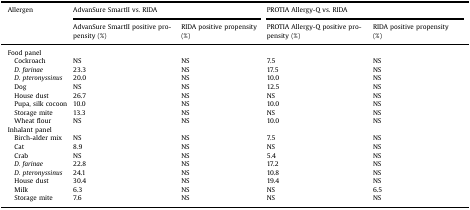
| Allergen | <COLSPAN=2> AdvanSure SmartII vs. RIDA | <COLSPAN=2> PROTIA Allergy-Q vs. RIDA |
 |  | AdvanSure SmartII positive propensity (%) | RIDA positive propensity (%) | PROTIA Allergy-Q positive propensity (%) | RIDA positive propensity (%) |
 | --- | --- | --- | --- | --- |
 | Food panel |  |  |  |  |
 | Cockroach | NS | NS | 7.5 | NS |
 | D. farinae | 23.3 | NS | 17.5 | NS |
 | D. pteronyssinus | 20.0 | NS | 10.0 | NS |
 | Dog | NS | NS | 12.5 | NS |
 | House dust | 26.7 | NS | NS | NS |
 | Pupa, silk cocoon | 10.0 | NS | 10.0 | NS |
 | Storage mite | 13.3 | NS | NS | NS |
 | Wheat flour | NS | NS | 10.0 | NS |
 | Inhalant panel |  |  |  |  |
 | Birch-alder mix | NS | NS | 7.5 | NS |
 | Cat | 8.9 | NS | NS | NS |
 | Crab | NS | NS | 5.4 | NS |
 | D. farinae | 22.8 | NS | 17.2 | NS |
 | D. pteronyssinus | 24.1 | NS | 10.8 | NS |
 | House dust | 30.4 | NS | 19.4 | NS |
 | Milk | 6.3 | NS | NS | 6.5 |
 | Storage mite | 7.6 | NS | NS | NS |